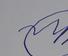
Signature authenticity: forged